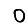
Digit: 0